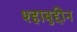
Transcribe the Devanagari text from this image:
श्हाबुद्दीन